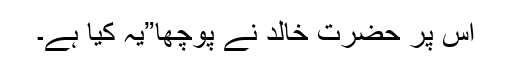
اس پر حضرت خالدؓ نے پوچھا”یہ کیا ہے۔